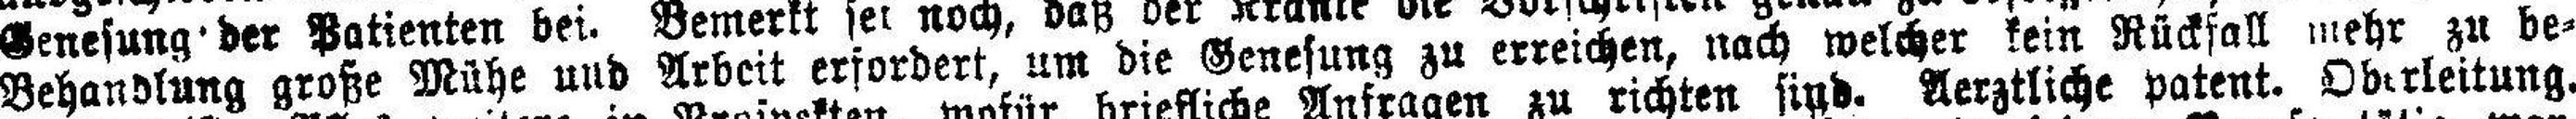
Behandlung große Mühe und Arbeit erfordert, um die Genesung zu erreichen, nach welcher kein Rückfall mehr zu be¬